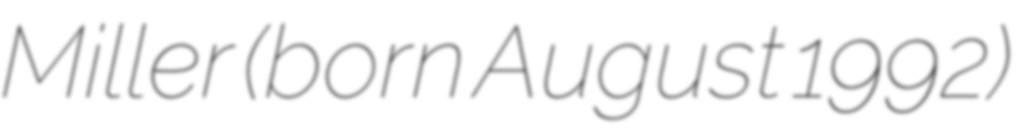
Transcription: Miller (born August 1992)